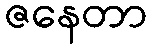
ဇနေတာ